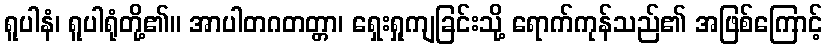
ရူပါနံ၊ ရူပါရုံတို့၏။ အာပါတဂတတ္တာ၊ ရှေးရှုကျခြင်းသို့ ရောက်ကုန်သည်၏ အဖြစ်ကြောင့်